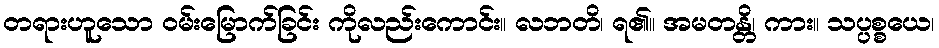
တရားဟူသော ဝမ်းမြောက်ခြင်း ကိုလည်းကောင်း။ လဘတိ၊ ရ၏။ အမတန္တိ၊ ကား။ သပ္ပစ္စယေ၊